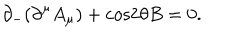
{ \partial } _ { - } ( { \partial } ^ { \mu } A _ { \mu } ) + \mathrm { c o s } 2 { \theta } B = 0 .